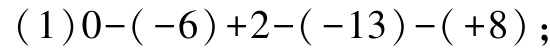
\((1)0-(-6)+2-(-13)-(+8);\)